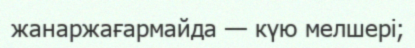
жанаржағармайда — күю мелшері;